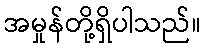
အမှုန်တို့ရှိပါသည်။